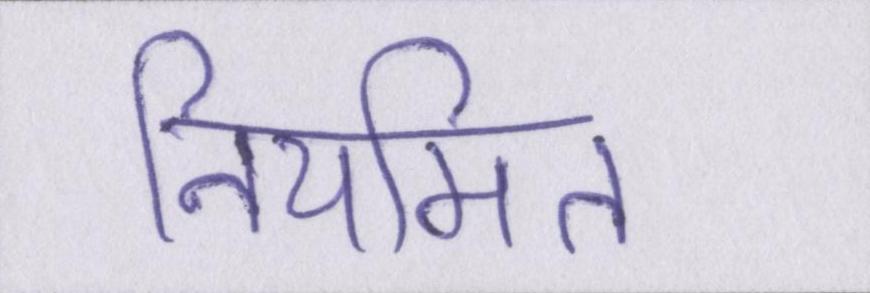
नियमित